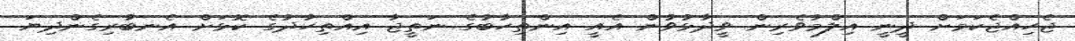
ޖެހިއްޖެކަމަށް ދީނީ އިލްމުވެރިން ވީދާޅުވުން އެއީ އިންތިހާބުގެ ނަތީޖާ އިއްތިހާދުގެ ކޮޅަށް އެނބުރިގެންދިޔަ